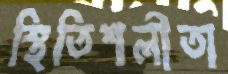
স্থিতিশলীতা